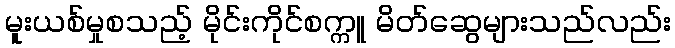
မူးယစ်မှုစသည့် မိုင်းကိုင်စက္ကူ မိတ်ဆွေများသည်လည်း